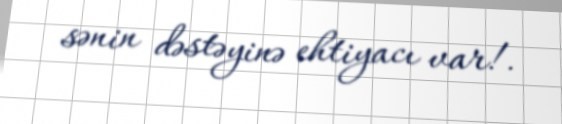
sənin dəstəyinə ehtiyacı var!.